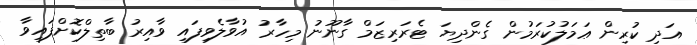
އަދި ކުރިން ޢަމަލުކުރަމުން ގެންދިޔަ ޓެރަރިޒަމް ގާނޫނު މިހާރު އުވާލެވިފައި ވާއިރު ބާތިލްކޮށްފައިވާ